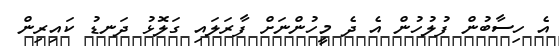
އެ ހިސާބުން ފުލުހުން އެ ދެ މީހުންނަށް ފާރަލައި ގަލޮޅު ދަނޑު ކައިރިން